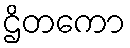
ဌိတကော